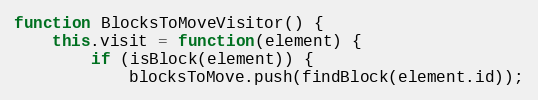
Language: JavaScript
function BlocksToMoveVisitor() {
	this.visit = function(element) {
		if (isBlock(element)) {
			blocksToMove.push(findBlock(element.id));